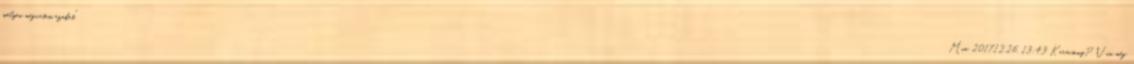
mélyen megvetem ezeket." Min. 2017.12.26. 13:43 Karácsony? Van még